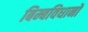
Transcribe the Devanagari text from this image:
बिम्बविधानों